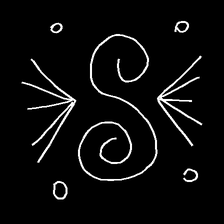
Glyph: aeroform